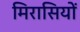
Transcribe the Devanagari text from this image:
मिरासियों